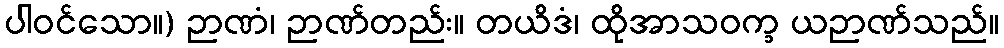
ပါဝင်သော။) ဉာဏံ၊ ဉာဏ်တည်း။ တယိဒံ၊ ထိုအာသဝက္ခ ယဉာဏ်သည်။